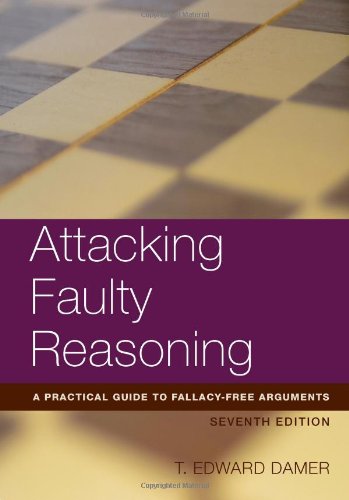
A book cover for Attacking Faulty Reasoning; T. Edward Damer; Politics & Social Sciences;